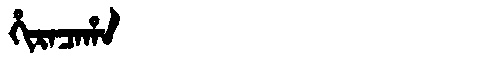
Manchu: ᡥᡳᡵᠠᠴᠠᡥᠠ
Romanization: HIRACAHA